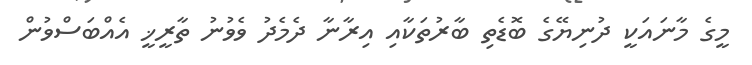
މީގެ މާނައަކީ ދުނިޔޭގެ ބޮޑެތި ބާރުތަކާއި އިރާނާ ދެމެދު ވެވުނު ތާރީޚީ އެއްބަސްވުން